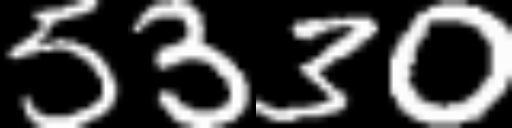
Text: 5330